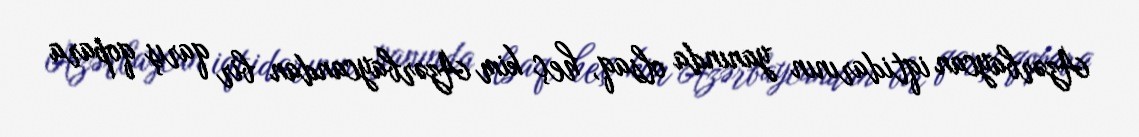
Azərbaycan iqtidarının yanında olsaq, heç kim Azərbaycandan bir qarış qopara